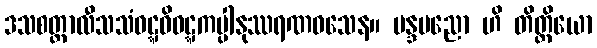
ဒသစတ္တာလီသသံဝဋ္ဋဝိဝဋ္ဋကပ္ပါနုဿရဏဝသေန။ မန္ဒပညော ဟိ တိတ္ထိယော